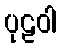
ပုဠဝါ